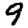
Digit: 9